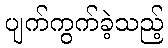
ပျက်ကွက်ခဲ့သည့်